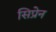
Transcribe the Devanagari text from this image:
सिप्रेन